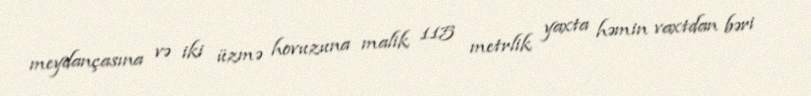
meydançasına və iki üzmə hovuzuna malik 115 metrlik yaxta həmin vaxtdan bəri